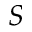
\boldsymbol { S }